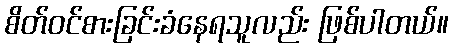
စိတ်ဝင်စားခြင်းခံနေရသူလည်း ဖြစ်ပါတယ်။